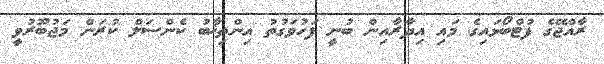
ރާއްޖޭގެ ފުޓްބޯޅައިގެ މައި އިދާރާއިން ބުނީ ފަހުވަގުތު އިންތިޚާބު ކެންސަލް ކުރަން މަޖުބޫރުވީ